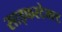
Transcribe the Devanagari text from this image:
साइफरटेक्स्ट